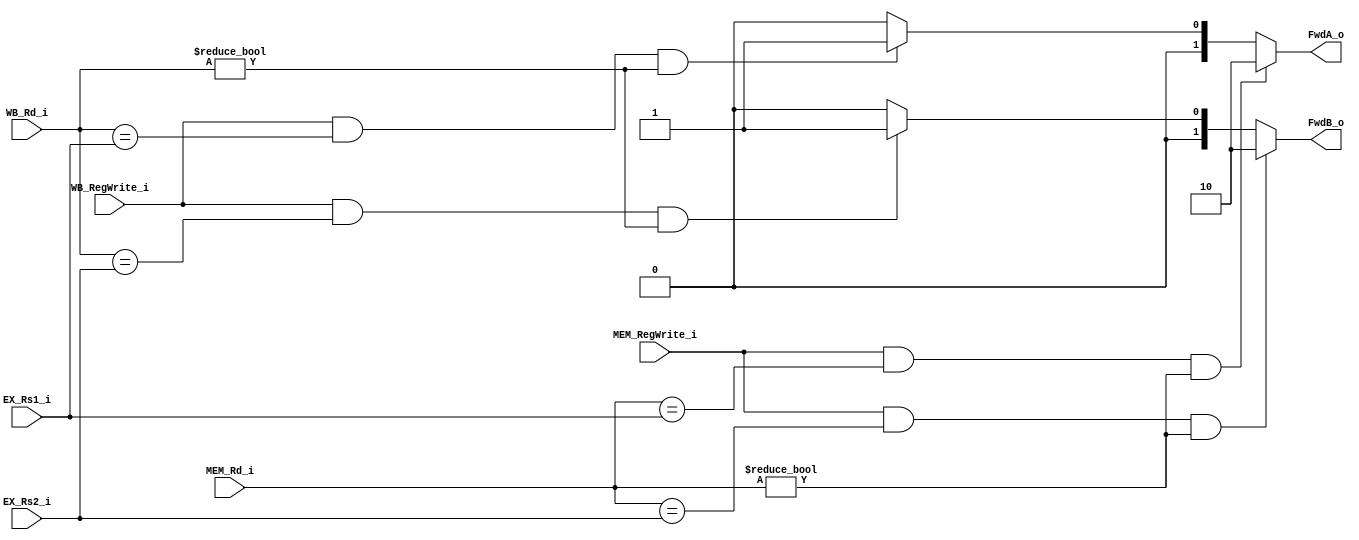
module FwdUnit(
    input MEM_RegWrite_i,
    input [4:0] MEM_Rd_i,

    input WB_RegWrite_i,
    input [4:0] WB_Rd_i,

    input [4:0] EX_Rs1_i,
    input [4:0] EX_Rs2_i,

    output [1:0] FwdA_o,
    output [1:0] FwdB_o
);

assign FwdA_o = (MEM_RegWrite_i && ( MEM_Rd_i == EX_Rs1_i ) && ( MEM_Rd_i != 5'b0 ) ) ? 2'b10 :
                (WB_RegWrite_i && ( WB_Rd_i == EX_Rs1_i ) && ( WB_Rd_i != 5'b0 ) ) ? 2'b01 :
                 2'b00;

assign FwdB_o = (MEM_RegWrite_i && ( MEM_Rd_i == EX_Rs2_i ) && ( MEM_Rd_i != 5'b0 ) ) ? 2'b10 :
                (WB_RegWrite_i && ( WB_Rd_i == EX_Rs2_i ) && ( WB_Rd_i != 5'b0 ) ) ? 2'b01 :
                 2'b00;

endmodule